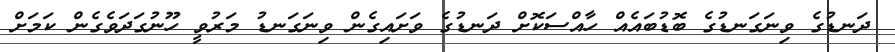
ދަނޑުގެ ވިނަގަނޑުގެ ބޮޑުބައެއް ހާއްސަކޮށް ދަނޑުގެ ވަށައިގެން ވިނަގަނޑު މަރުވީ ހޫނުގަދަވެގެން ކަމަށް